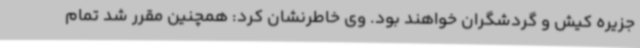
جزیره کیش و گردشگران خواهند بود. وی خاطرنشان کرد: همچنین مقرر شد تمام